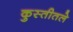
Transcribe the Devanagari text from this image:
कुस्तीतले